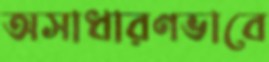
অসাধারণভাবে